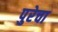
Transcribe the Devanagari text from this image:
पुरेचा